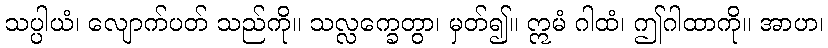
သပ္ပါယံ၊ လျောက်ပတ် သည်ကို။ သလ္လက္ခေတွာ၊ မှတ်၍။ ဣမံ ဂါထံ၊ ဤဂါထာကို။ အာဟ၊